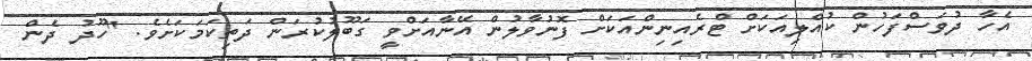
އެހާ ދުވަސްފަހުން ކުއްލިއަކަށް ޓްރެއިނިންއަކަށް ފޮނުވާލުން އޭނާއަށްވީ ގަބޫލުކުރަން ދަތިކަމަކަށެވެ. "ހޫދު ދެން